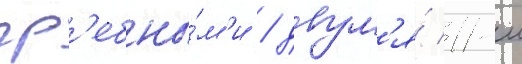
гр'ебны́м'и / двум'я́ 11-м